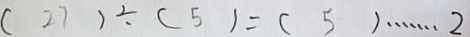
( 2 7 ) \div ( 5 ) = ( 5 ) \cdots 2